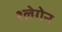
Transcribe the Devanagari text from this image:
श्लेगेन